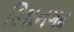
કિશનગઢ